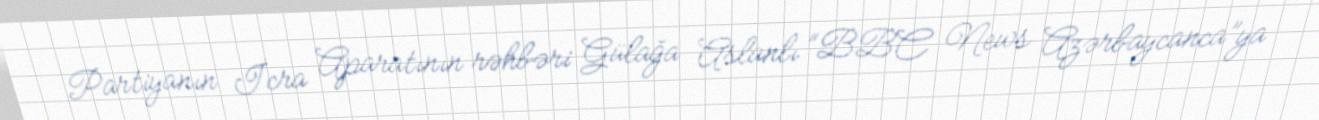
Partiyanın İcra Aparatının rəhbəri Gülağa Aslanlı “BBC News Azərbaycanca”ya